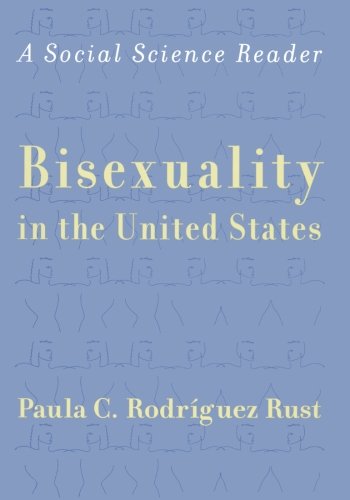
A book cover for Bisexuality in the United States; Gay & Lesbian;